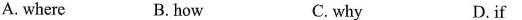
A. where B.how C. why D.if